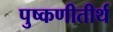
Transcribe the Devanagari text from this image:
पुष्कणीतीर्थ